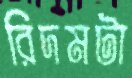
রিদমটা